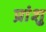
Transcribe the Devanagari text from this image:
प्रांशु